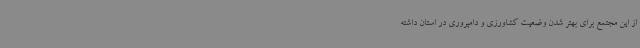
از این مجتمع برای بهتر شدن وضعیت کشاورزی و دامپروری در استان داشته